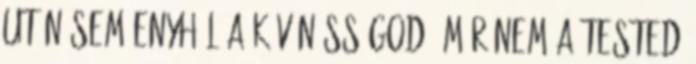
után sem enyhül a kívánósságod, már nem a tested